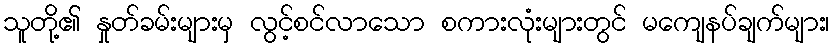
သူတို့၏ နှုတ်ခမ်းများမှ လွင့်စင်လာသော စကားလုံးများတွင် မကျေနပ်ချက်များ၊